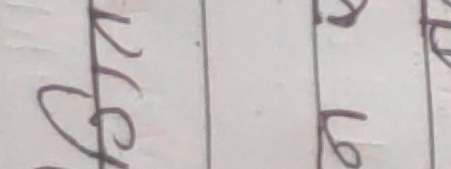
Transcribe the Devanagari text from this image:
६७१